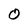
Character: O